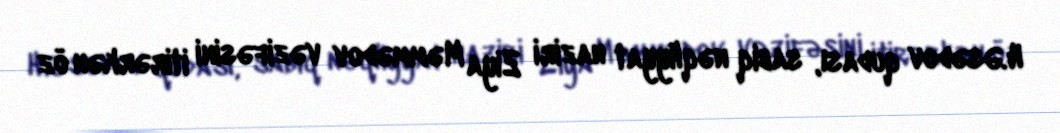
H.Əsədov qudası, sabiq nəqliyyat naziri Ziya Məmmədov vəzifəsini itirərkən öz